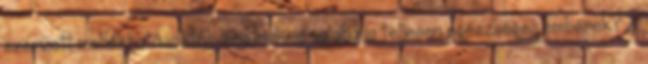
szerzett mellékhatásoktól, lehetnek-e valaha is teljesen egészséges emberek? A